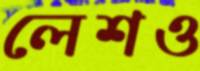
লেশও